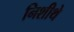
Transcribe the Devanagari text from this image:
निशीथे